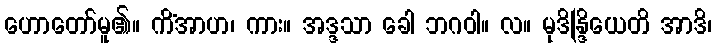
ဟောတော်မူ၏။ ကိံအာဟ၊ ကား။ အဒ္ဒသာ ခေါ ဘဂဝါ။ လ။ မုဒိန္ဒြိယေတိ အာဒိ၊